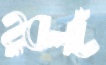
হুবলট